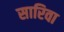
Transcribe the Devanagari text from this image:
सारिवा